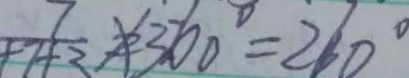
\frac { 7 } { + 7 + 3 } \times 3 6 0 ^ { \circ } = 2 6 0 ^ { \circ }